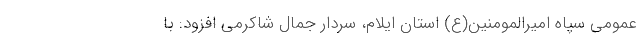
عمومی سپاه امیرالمومنین(ع) استان ایلام، سردار جمال شاکرمی افزود: با